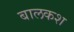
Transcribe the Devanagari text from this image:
बालकश